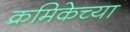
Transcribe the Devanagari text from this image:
क्रमिकेच्या